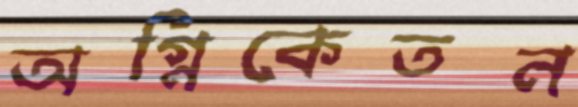
অগ্নিকেতন